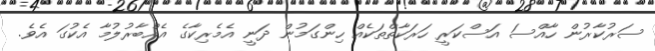
ސަރުކާރުން ހާއްސަ އަސްކަރީ ހަރަކާތްތަކެއް ހިންގަމުން ދަނީ އެމެރިކާގެ އެއްބާރުލުމާ އެކުގަ އެވެ.